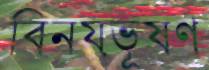
বিনয়ভূষণ